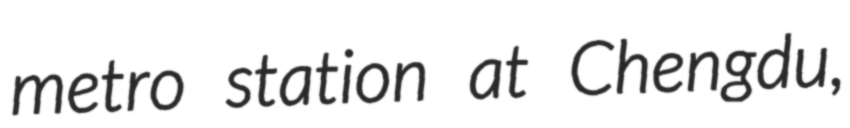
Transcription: metro station at Chengdu,